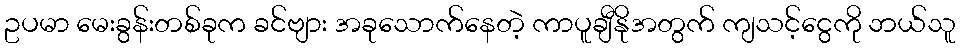
ဥပမာ မေးခွန်းတစ်ခုက ခင်ဗျား အခုသောက်နေတဲ့ ကာပူချီနိုအတွက် ကျသင့်ငွေကို ဘယ်သူ